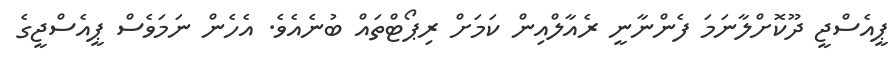
ޕީއެސްޖީ ދޫކޮށްލާނަމަ ފެންނާނީ ރެއާލްއިން ކަމަށް ރިޕޯޓްތައް ބުނެއެވެ. އެހެން ނަމަވެސް ޕީއެސްޖީގެ